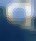
ব